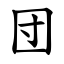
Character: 団